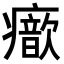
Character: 𤻐